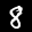
Label: 8